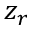
z _ { r }